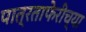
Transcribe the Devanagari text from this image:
पात्रताफेरीच्या